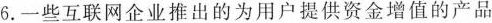
6.一些互联网企业推出的为用户提供资金增值的产品